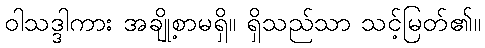
ဝါသဒ္ဒါကား အချို့စာမရှိ။ ရှိသည်သာ သင့်မြတ်၏။